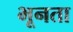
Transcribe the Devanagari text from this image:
भूनता